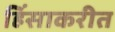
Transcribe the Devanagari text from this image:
हिंसाकरीत